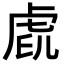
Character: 𧆧